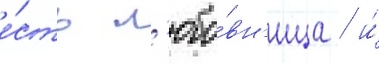
е́сть л'юбо́вн'ица / и́